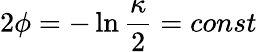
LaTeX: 2\phi=-\ln{\frac{\kappa}{2}}=const